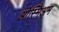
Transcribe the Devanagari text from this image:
ओस्मिअम